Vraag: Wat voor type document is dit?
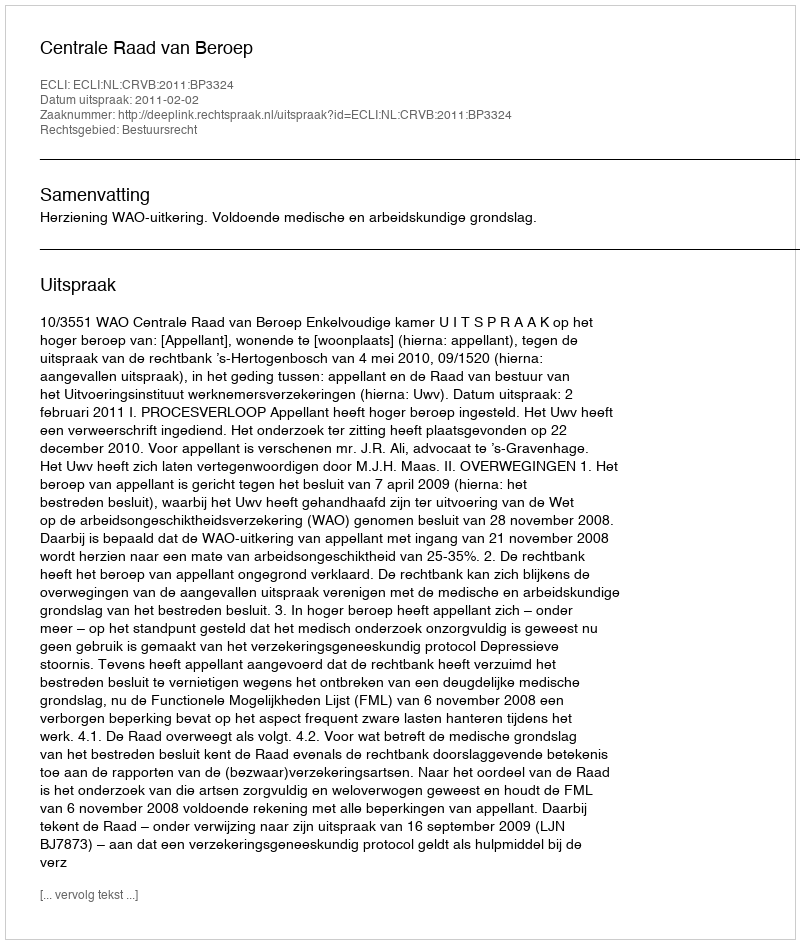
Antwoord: Uitspraak